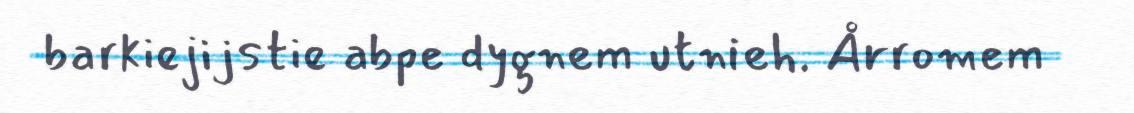
barkiejijstie abpe dygnem utnieh. Årromem